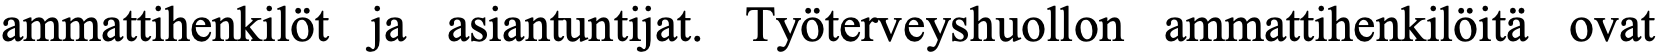
ammattihenkilöt ja asiantuntijat. Työterveyshuollon ammattihenkilöitä ovat